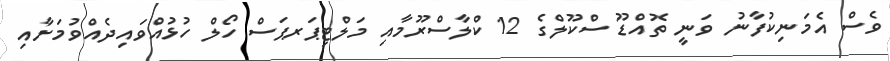
ވެސް އެމަނިކުފާނު ވަނީ ތޮއްޑޫ ސްކޫލްގެ 12 ކްލާސްރޫމާއި މަލްޓިޕަރޕަސް ހޯލް ހުޅުއްވައިދެއްވުމަށާއި